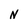
Character: N